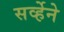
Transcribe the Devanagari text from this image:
सर्व्हेने